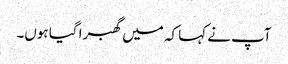
آپ نے کہا کہ میں گھبرا گیا ہوں۔